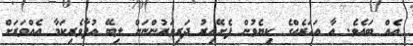
އެއް ބައެވެ. އާ އަހަރެއްގެ ކިޔެވުން ފެށޭއިރު ދަރިވަރުންނަށް ލިބޭ އުފާވެރިކަމާ އެއްވަރަށް